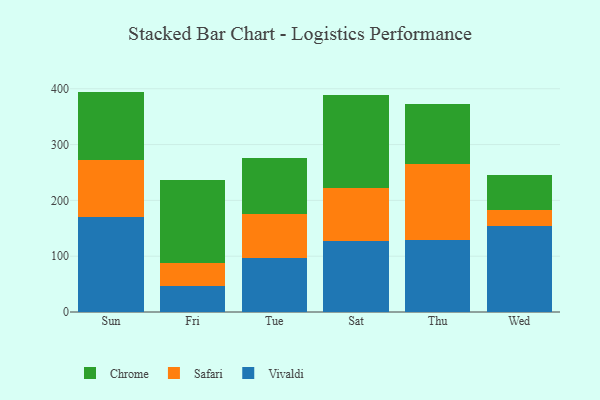
{"axis": {"x": "Day", "y": "Inventory Turnover"}, "legend": ["Chrome", "Safari", "Vivaldi"], "data": [{"x": "Sun", "y": 170.7, "type": "Vivaldi"}, {"x": "Sun", "y": 101.3, "type": "Safari"}, {"x": "Sun", "y": 122.9, "type": "Chrome"}, {"x": "Fri", "y": 46.2, "type": "Vivaldi"}, {"x": "Fri", "y": 42.2, "type": "Safari"}, {"x": "Fri", "y": 148.4, "type": "Chrome"}, {"x": "Tue", "y": 96.7, "type": "Vivaldi"}, {"x": "Tue", "y": 78.3, "type": "Safari"}, {"x": "Tue", "y": 100.6, "type": "Chrome"}, {"x": "Sat", "y": 127.6, "type": "Vivaldi"}, {"x": "Sat", "y": 95.0, "type": "Safari"}, {"x": "Sat", "y": 166.1, "type": "Chrome"}, {"x": "Thu", "y": 128.5, "type": "Vivaldi"}, {"x": "Thu", "y": 136.4, "type": "Safari"}, {"x": "Thu", "y": 107.3, "type": "Chrome"}, {"x": "Wed", "y": 154.9, "type": "Vivaldi"}, {"x": "Wed", "y": 27.4, "type": "Safari"}, {"x": "Wed", "y": 64.0, "type": "Chrome"}]}